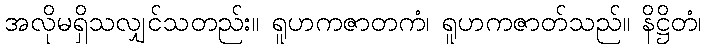
အလိုမရှိသလျှင်သတည်း။ ရူဟကဇာတကံ၊ ရူဟကဇာတ်သည်။ နိဋ္ဌိတံ၊